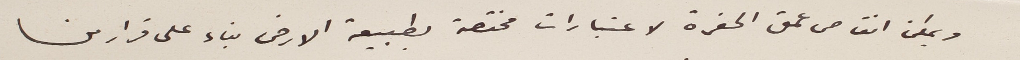
ويمكن انقاص من عمق الحفرة لاعتبارات مختصة بطبيعة الارض بناء على قرار من